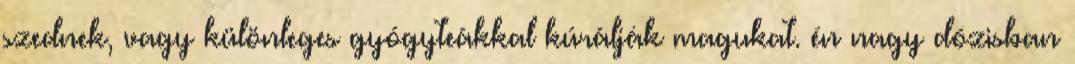
szednek, vagy különleges gyógyteákkal kúrálják magukat. én nagy dózisban